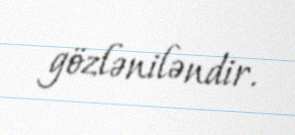
gözləniləndir.